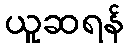
ယူဆရန်